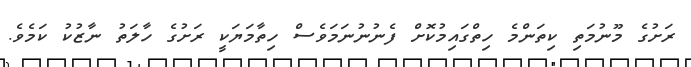
ރަށުގެ މޫނުމަތި ކިތަންމެ ހިތްގައިމުކޮށް ފެނުނުނަމަވެސް ހިތާމަޔަކީ ރަށުގެ ހާލަތު ނާޒުކު ކަމެވެ.